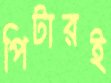
পিটারই